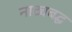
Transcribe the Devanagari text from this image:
नाट्यबद्ध